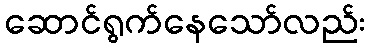
ဆောင်ရွက်နေသော်လည်း